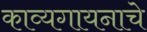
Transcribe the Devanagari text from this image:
काव्यगायनाचे